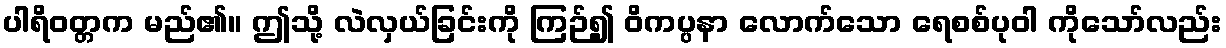
ပါရိဝတ္တက မည်၏။ ဤသို့ လဲလှယ်ခြင်းကို ကြဉ်၍ ဝိကပ္ပနာ လောက်သော ရေစစ်ပုဝါ ကိုသော်လည်း